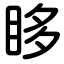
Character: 眵